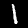
Digit: 1